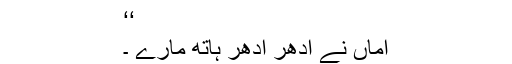
‘‘
اماں نے اِدھر اُدھر ہاتھ مارے ۔